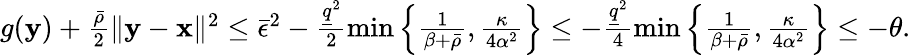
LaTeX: \begin{array}{r}{g({\mathbf y})+\frac{\bar{\rho}}{2}\| {\mathbf y}-{\mathbf x}\| ^{2}\leq\bar{\epsilon}^{2}-\frac{\underline{{q}}^{2}}{2}\operatorname*{min}\left\{ \frac{1}{\beta+\bar{\rho}},\frac{\kappa}{4\alpha^{2}}\right\} \leq-\frac{\underline{{q}}^{2}}{4}\operatorname*{min}\left\{ \frac{1}{\beta+\bar{\rho}},\frac{\kappa}{4\alpha^{2}}\right\} \leq-\theta.}\end{array}